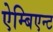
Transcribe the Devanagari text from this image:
ऐम्बिएन्ट